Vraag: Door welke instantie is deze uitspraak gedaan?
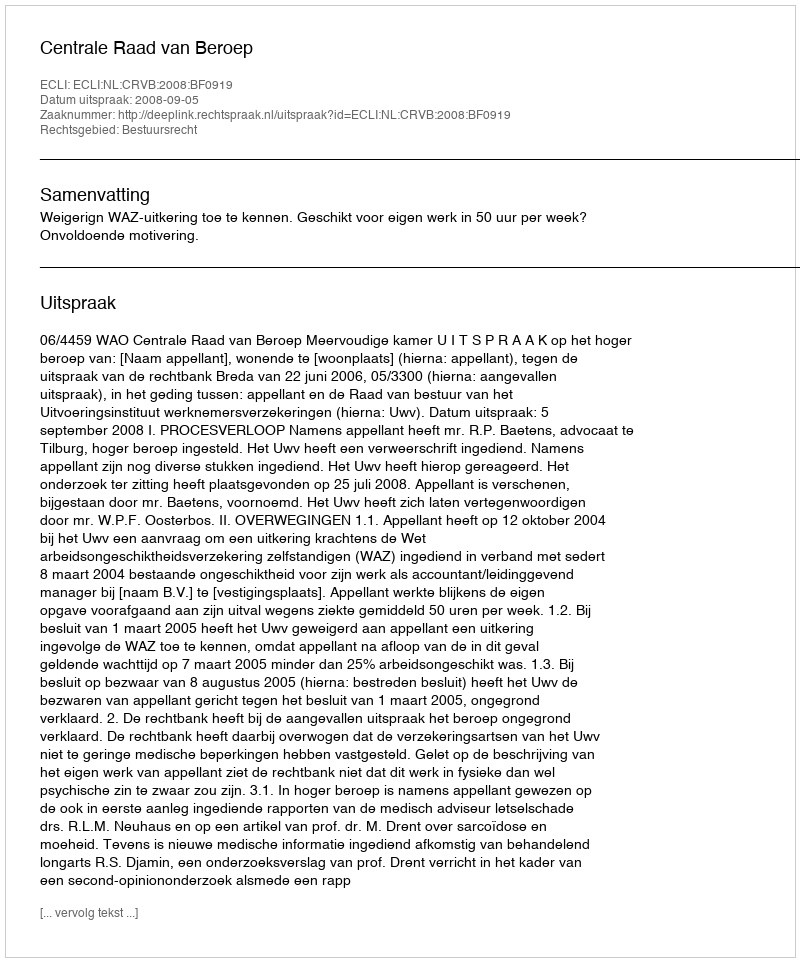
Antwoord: Centrale Raad van Beroep